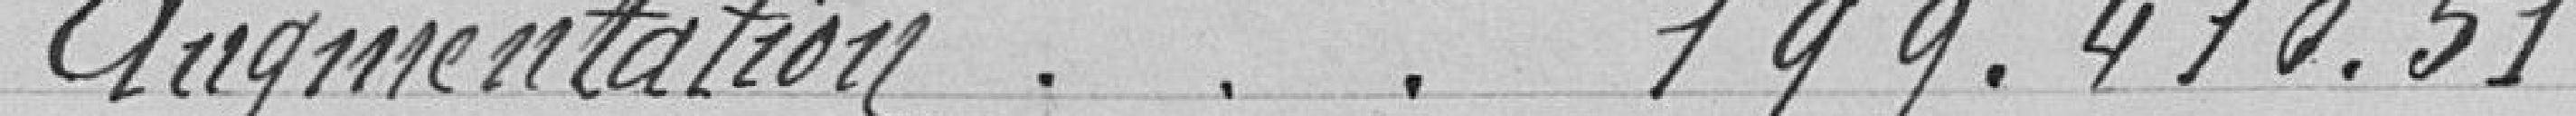
Augmentation . . . 199.410.51